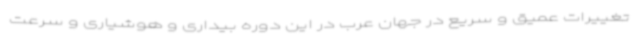
تغییرات عمیق و سریع در جهان عرب در این دوره بیداری و هوشیاری و سرعت